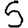
Digit: 5